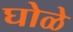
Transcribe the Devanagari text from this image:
घोळे